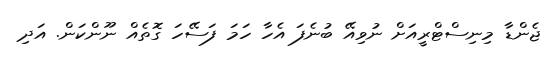
ޖެންޑާ މިނިސްޓްރީއަށް ނުވިއޭ ބުނެފަ އެހާ ހަމަ ފަސޭހަ ގޮތެއް ނޫންކަން. އަދި